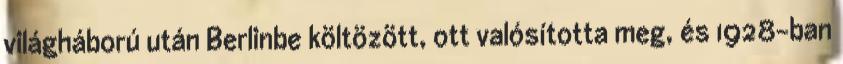
világháború után Berlinbe költözött, ott valósította meg, és 1928-ban